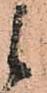
候